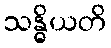
သန္ဓိယတိ